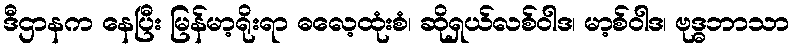
ဒီဌာနက နေပြီး မြန်မာ့ရိုးရာ ဓလေ့ထုံးစံ၊ ဆိုရှယ်လစ်ဝါဒ၊ မာ့စ်ဝါဒ၊ ဗုဒ္ဓဘာသာ